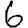
Digit: 6